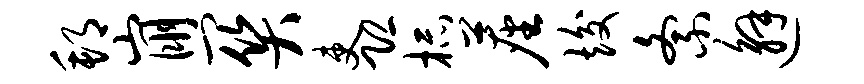
邦崩关吏恐杯尘竣紊邂